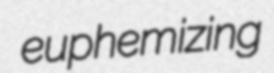
euphemizing